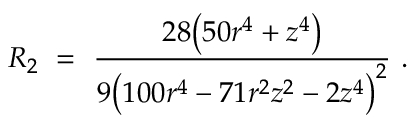
R _ { 2 } \ = \ \frac { 2 8 \big ( 5 0 r ^ { 4 } + z ^ { 4 } \big ) } { 9 \big ( 1 0 0 r ^ { 4 } - 7 1 r ^ { 2 } z ^ { 2 } - 2 z ^ { 4 } \big ) ^ { 2 } } ~ .